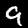
Label: 9